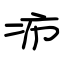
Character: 疖